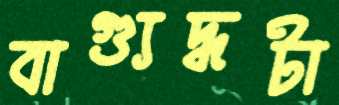
বাগ্যুদ্ধটা